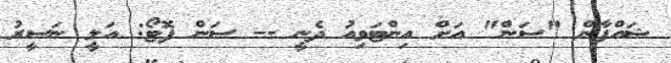
ޝައްފާން "ސަން" އަށް އިންޓަވިއު ދެނީ -- ސަން ފޮޓޯ: އަލީ ނަސީރު